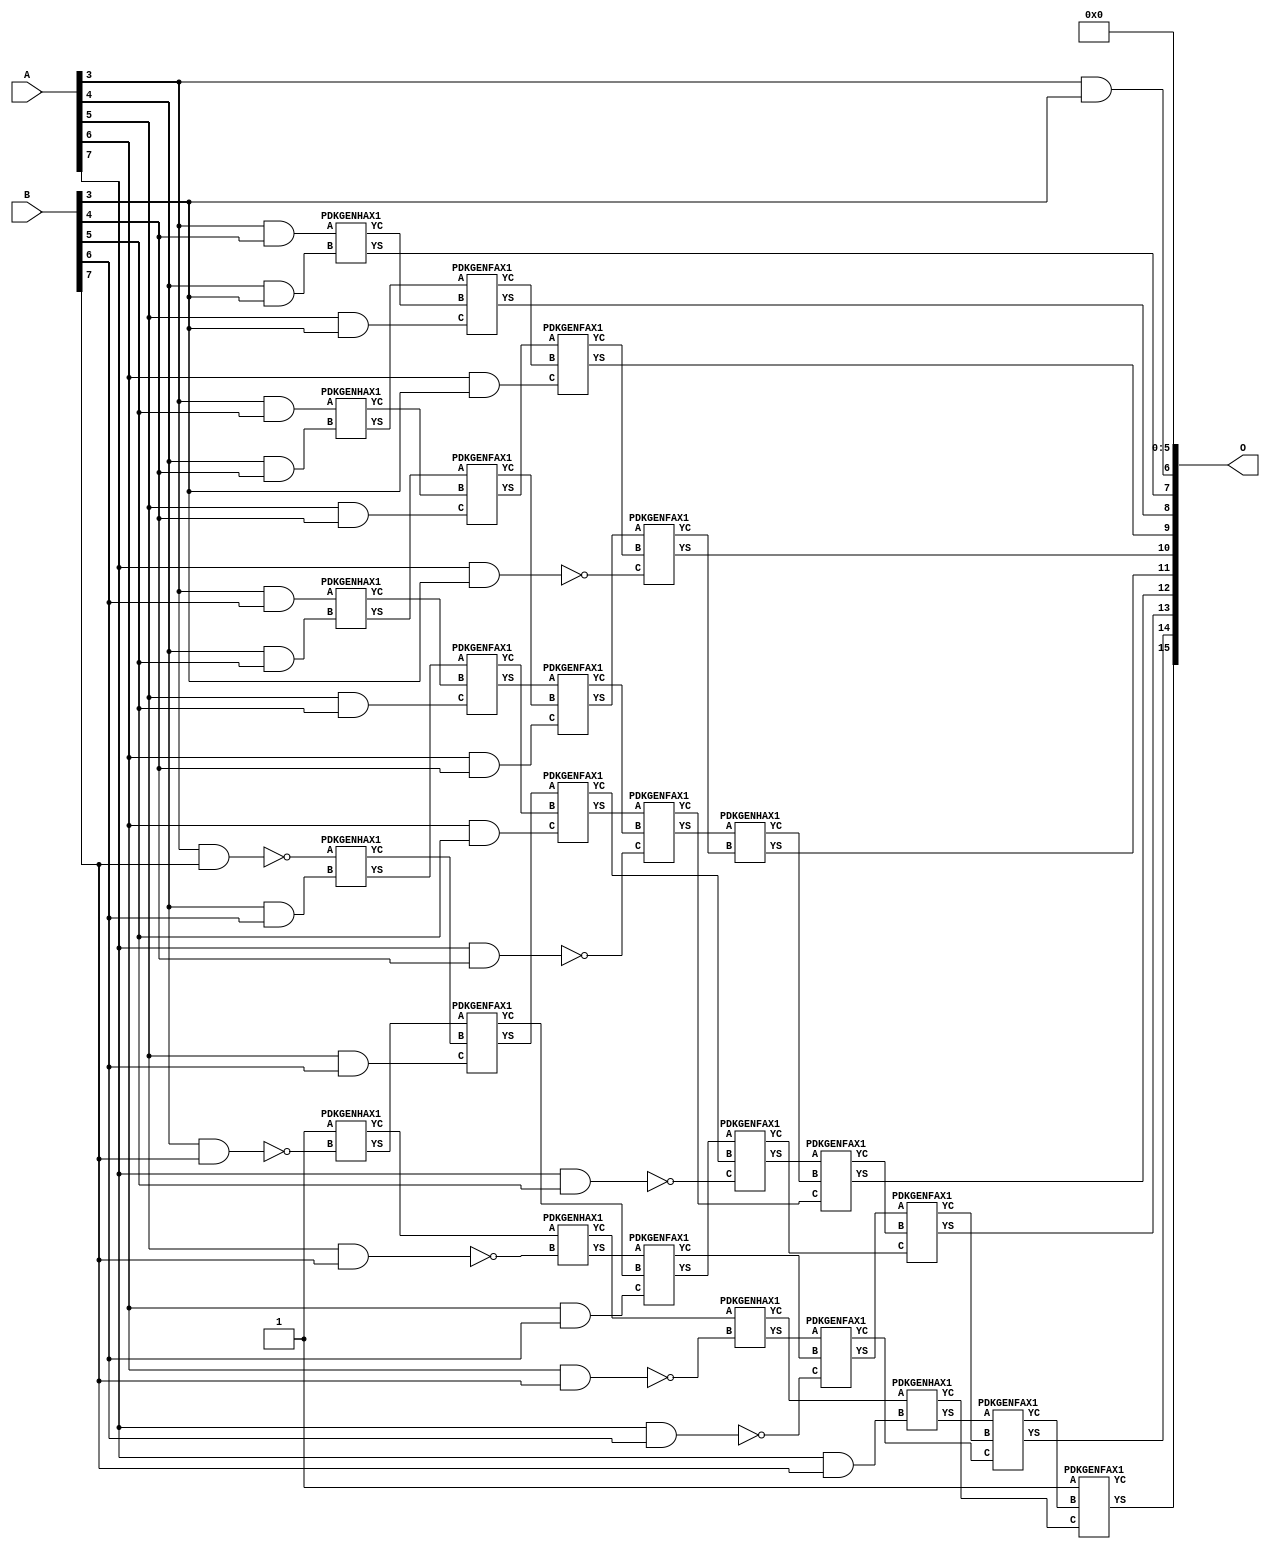
/***
* This code is a part of EvoApproxLib library (ehw.fit.vutbr.cz/approxlib) distributed under The MIT License.
* When used, please cite the following article(s): V. Mrazek, Z. Vasicek, L. Sekanina, H. Jiang and J. Han, "Scalable Construction of Approximate Multipliers With Formally Guaranteed Worst Case Error" in IEEE Transactions on Very Large Scale Integration (VLSI) Systems, vol. 26, no. 11, pp. 2572-2576, Nov. 2018. doi: 10.1109/TVLSI.2018.2856362 
* This file contains a circuit from a sub-set of pareto optimal circuits with respect to the pwr and wce parameters
***/
// MAE% = 0.52 %
// MAE = 340 
// WCE% = 2.66 %
// WCE = 1743 
// WCRE% = 6300.00 %
// EP% = 97.75 %
// MRE% = 27.44 %
// MSE = 191238 
// PDK45_PWR = 0.126 mW
// PDK45_AREA = 284.9 um2
// PDK45_DELAY = 0.94 ns


module mul8s_1L1G ( A, B, O );
  input [7:0] A;
  input [7:0] B;
  output [15:0] O;

  wire C_4_3,C_4_4,C_4_5,C_4_6,C_4_7,C_5_3,C_5_4,C_5_5,C_5_6,C_5_7,C_6_3,C_6_4,C_6_5,C_6_6,C_6_7,C_7_3,C_7_4,C_7_5,C_7_6,C_7_7,C_8_3,C_8_4,C_8_5,C_8_6,C_8_7,S_3_3,S_3_4,S_3_5,S_3_6,S_3_7,S_4_2,S_4_3,S_4_4,S_4_5,S_4_6,S_4_7,S_5_1,S_5_2,S_5_3,S_5_4,S_5_5,S_5_6,S_5_7,S_6_0,S_6_1,S_6_2,S_6_3,S_6_4,S_6_5,S_6_6,S_6_7,S_7_0,S_7_1,S_7_2,S_7_3,S_7_4,S_7_5,S_7_6,S_7_7,S_8_0,S_8_1,S_8_2,S_8_3,S_8_4,S_8_5,S_8_6,S_8_7;

  assign S_3_3 = (A[3] & B[3]);
  assign S_3_4 = (A[3] & B[4]);
  assign S_3_5 = (A[3] & B[5]);
  assign S_3_6 = (A[3] & B[6]);
  assign S_3_7 = ~(A[3] & B[7]);
  assign S_4_2 = S_3_3;
  PDKGENHAX1 U468 (.A(S_3_4), .B((A[4] & B[3])), .YS(S_4_3), .YC(C_4_3));
  PDKGENHAX1 U469 (.A(S_3_5), .B((A[4] & B[4])), .YS(S_4_4), .YC(C_4_4));
  PDKGENHAX1 U470 (.A(S_3_6), .B((A[4] & B[5])), .YS(S_4_5), .YC(C_4_5));
  PDKGENHAX1 U471 (.A(S_3_7), .B((A[4] & B[6])), .YS(S_4_6), .YC(C_4_6));
  PDKGENHAX1 U472 (.A(1'b1), .B(~(A[4] & B[7])), .YS(S_4_7), .YC(C_4_7));
  assign S_5_1 = S_4_2;
  assign S_5_2 = S_4_3;
  PDKGENFAX1 U476 (.A(S_4_4), .B(C_4_3), .C((A[5] & B[3])), .YS(S_5_3), .YC(C_5_3));
  PDKGENFAX1 U477 (.A(S_4_5), .B(C_4_4), .C((A[5] & B[4])), .YS(S_5_4), .YC(C_5_4));
  PDKGENFAX1 U478 (.A(S_4_6), .B(C_4_5), .C((A[5] & B[5])), .YS(S_5_5), .YC(C_5_5));
  PDKGENFAX1 U479 (.A(S_4_7), .B(C_4_6), .C((A[5] & B[6])), .YS(S_5_6), .YC(C_5_6));
  PDKGENHAX1 U480 (.A(C_4_7), .B(~(A[5] & B[7])), .YS(S_5_7), .YC(C_5_7));
  assign S_6_0 = S_5_1;
  assign S_6_1 = S_5_2;
  assign S_6_2 = S_5_3;
  PDKGENFAX1 U484 (.A(S_5_4), .B(C_5_3), .C((A[6] & B[3])), .YS(S_6_3), .YC(C_6_3));
  PDKGENFAX1 U485 (.A(S_5_5), .B(C_5_4), .C((A[6] & B[4])), .YS(S_6_4), .YC(C_6_4));
  PDKGENFAX1 U486 (.A(S_5_6), .B(C_5_5), .C((A[6] & B[5])), .YS(S_6_5), .YC(C_6_5));
  PDKGENFAX1 U487 (.A(S_5_7), .B(C_5_6), .C((A[6] & B[6])), .YS(S_6_6), .YC(C_6_6));
  PDKGENHAX1 U488 (.A(C_5_7), .B(~(A[6] & B[7])), .YS(S_6_7), .YC(C_6_7));
  assign S_7_0 = S_6_1;
  assign S_7_1 = S_6_2;
  assign S_7_2 = S_6_3;
  PDKGENFAX1 U492 (.A(S_6_4), .B(C_6_3), .C(~(A[7] & B[3])), .YS(S_7_3), .YC(C_7_3));
  PDKGENFAX1 U493 (.A(S_6_5), .B(C_6_4), .C(~(A[7] & B[4])), .YS(S_7_4), .YC(C_7_4));
  PDKGENFAX1 U494 (.A(S_6_6), .B(C_6_5), .C(~(A[7] & B[5])), .YS(S_7_5), .YC(C_7_5));
  PDKGENFAX1 U495 (.A(S_6_7), .B(C_6_6), .C(~(A[7] & B[6])), .YS(S_7_6), .YC(C_7_6));
  PDKGENHAX1 U496 (.A(C_6_7), .B((A[7] & B[7])), .YS(S_7_7), .YC(C_7_7));
  assign S_8_0 = S_7_1;
  assign S_8_1 = S_7_2;
  assign S_8_2 = S_7_3;
  PDKGENHAX1 U500 (.A(S_7_4), .B(C_7_3), .YS(S_8_3), .YC(C_8_3));
  PDKGENFAX1 U501 (.A(S_7_5), .B(C_8_3), .C(C_7_4), .YS(S_8_4), .YC(C_8_4));
  PDKGENFAX1 U502 (.A(S_7_6), .B(C_8_4), .C(C_7_5), .YS(S_8_5), .YC(C_8_5));
  PDKGENFAX1 U503 (.A(S_7_7), .B(C_8_5), .C(C_7_6), .YS(S_8_6), .YC(C_8_6));
  PDKGENFAX1 U504 (.A(1'b1), .B(C_8_6), .C(C_7_7), .YS(S_8_7), .YC(C_8_7));
  assign O = {S_8_7,S_8_6,S_8_5,S_8_4,S_8_3,S_8_2,S_8_1,S_8_0,S_7_0,S_6_0,1'b0,1'b0,1'b0,1'b0,1'b0,1'b0};

endmodule

/* mod */
module PDKGENHAX1( input A, input B, output YS, output YC );
    assign YS = A ^ B;
    assign YC = A & B;
endmodule
/* mod */
module PDKGENFAX1( input A, input B, input C, output YS, output YC );
    assign YS = (A ^ B) ^ C;
    assign YC = (A & B) | (B & C) | (A & C);
endmodule